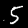
Label: 5